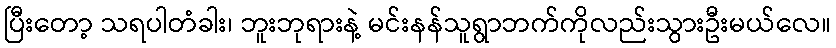
ပြီးတော့ သရပါတံခါး၊ ဘူးဘုရားနဲ့ မင်းနန်သူရွာဘက်ကိုလည်းသွားဦးမယ်လေ။